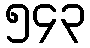
၅၄၃